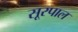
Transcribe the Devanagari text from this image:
सूरपाल